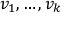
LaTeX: v _ { 1 } , \ldots , v _ { k }